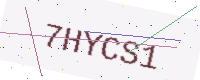
Text: 7HYCS1